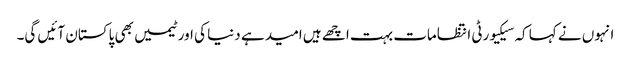
انہوں نے کہا کہ سیکیورٹی انتظامات بہت اچھے ہیں امید ہے دنیا کی اور ٹیمیں بھی پاکستان آئیں گی۔